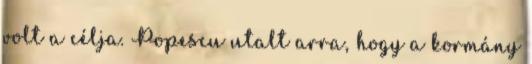
volt a célja. Popescu utalt arra, hogy a kormány